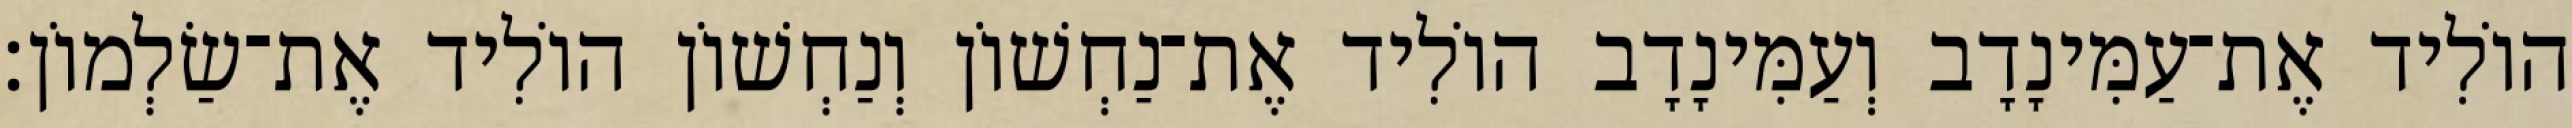
הוֹלִיד אֶת־עַמִּינָדָב וְעַמִּינָדָב הוֹלִיד אֶת־נַחְשׁוֹן וְנַחְשׁוֹן הוֹלִיד אֶת־שַׂלְמוֹן׃